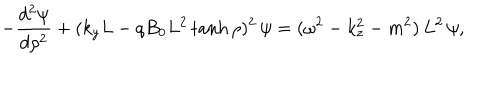
LaTeX: - { \frac { d ^ { 2 } \psi } { d \rho ^ { 2 } } } + ( k _ { y } L - q B _ { 0 } L ^ { 2 } \tanh \rho ) ^ { 2 } \, \psi = ( \omega ^ { 2 } - k _ { z } ^ { 2 } - m ^ { 2 } ) \, L ^ { 2 } \, \psi ,